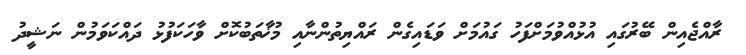
ރާއްޖެއިން ބޭރުގައި އުޅުއްވުމަށްފަހު ގައުމަށް ވަޑައިގެން ރައްޔިތުންނާއި މުޚާތަބުކޮށް ވާހަކަފުޅު ދައްކަވަމުން ނަޝީދު